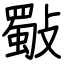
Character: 斀